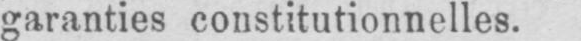
garanties constitutionnelles.